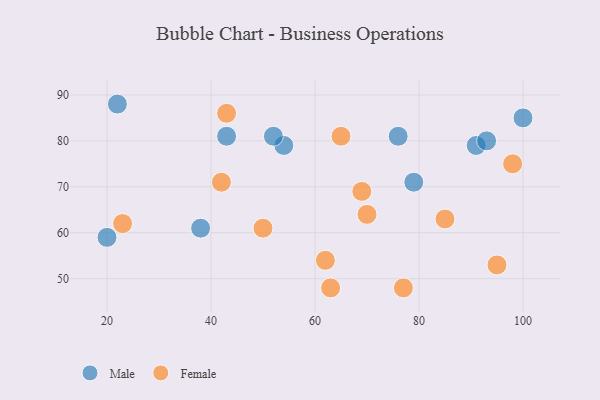
{"axis": {"x": "GDP", "y": "Life Expectancy"}, "legend": ["Female", "Male"], "data": [{"x": "43", "y": 81, "type": "Male"}, {"x": "79", "y": 71, "type": "Male"}, {"x": "54", "y": 79, "type": "Male"}, {"x": "52", "y": 81, "type": "Male"}, {"x": "100", "y": 85, "type": "Male"}, {"x": "20", "y": 59, "type": "Male"}, {"x": "38", "y": 61, "type": "Male"}, {"x": "91", "y": 79, "type": "Male"}, {"x": "76", "y": 81, "type": "Male"}, {"x": "93", "y": 80, "type": "Male"}, {"x": "22", "y": 88, "type": "Male"}, {"x": "77", "y": 48, "type": "Female"}, {"x": "43", "y": 86, "type": "Female"}, {"x": "85", "y": 63, "type": "Female"}, {"x": "23", "y": 62, "type": "Female"}, {"x": "95", "y": 53, "type": "Female"}, {"x": "69", "y": 69, "type": "Female"}, {"x": "50", "y": 61, "type": "Female"}, {"x": "65", "y": 81, "type": "Female"}, {"x": "70", "y": 64, "type": "Female"}, {"x": "98", "y": 75, "type": "Female"}, {"x": "62", "y": 54, "type": "Female"}, {"x": "42", "y": 71, "type": "Female"}, {"x": "63", "y": 48, "type": "Female"}]}